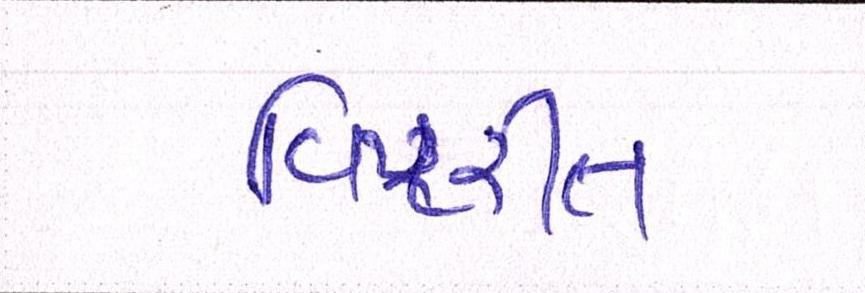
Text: વિપરીત